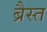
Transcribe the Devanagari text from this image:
ब्रैस्त